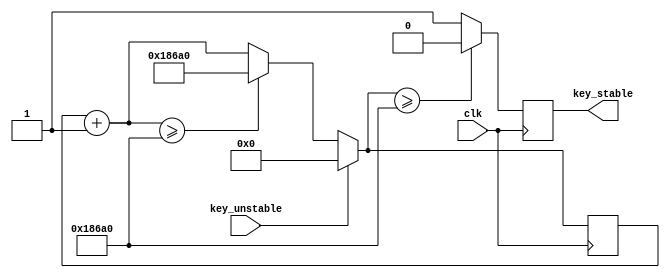
module delay(clk,key_unstable,key_stable);
	input clk;
	input key_unstable;
	output key_stable;
	reg key_stable,key_tmp;
	reg [23:0] count;
	always @(posedge clk)
		begin
			if (!key_unstable)
			begin
				count=count+24'd1;
				if (count>=24'd100000)
				begin
					count=24'd100000;
				end
			end
			else count=24'd0;
			if (count>=24'd100000)
			begin
				key_stable=0;
			end
			else	key_stable=1;
		end
endmodule